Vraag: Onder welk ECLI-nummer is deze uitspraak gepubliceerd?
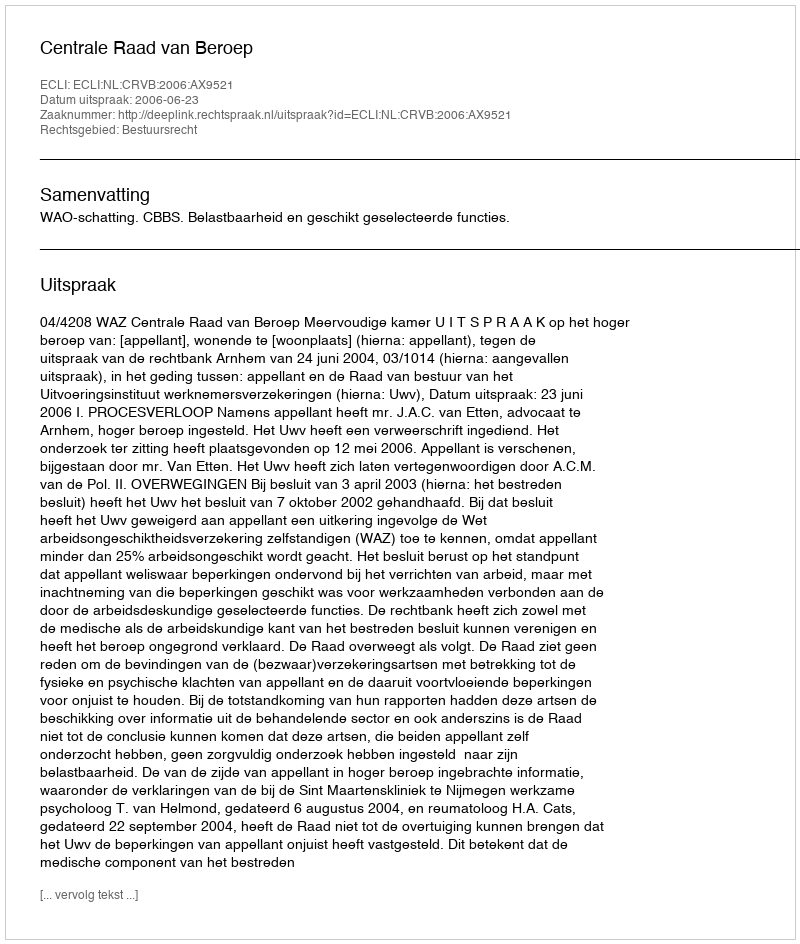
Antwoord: ECLI:NL:CRVB:2006:AX9521